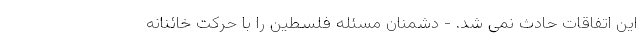
این اتفاقات حادث نمی شد. - دشمنان مسئله فلسطین را با حرکت خائنانه